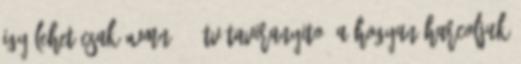
igy lehet csak WMN 203 TV-Taviranyito: A Hogyan harcoljuk